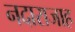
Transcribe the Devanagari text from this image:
नदाराजाह